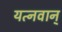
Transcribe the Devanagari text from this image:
यत्नवान्